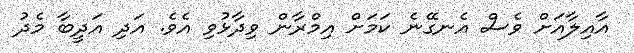
އާއިލާއަށް ވެސް އެނގޭނެ ކަމަށް އިމްރާން ވިދާޅުވި އެވެ. އަދި އަދީބާ މެދު